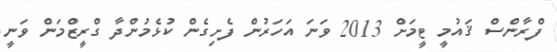
ފްރާންސް ޤައުމީ ޓީމަށް 2013 ވަނަ އަހަރުން ފެށިގެން ކުޅެމުންދާ ގްރީޒްމަން ވަނީ